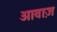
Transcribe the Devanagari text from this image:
आवा़ज